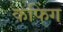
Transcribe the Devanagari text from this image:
कफिंग